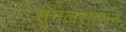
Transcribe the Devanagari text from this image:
मुगलशासन